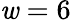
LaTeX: \mathit{w}=6